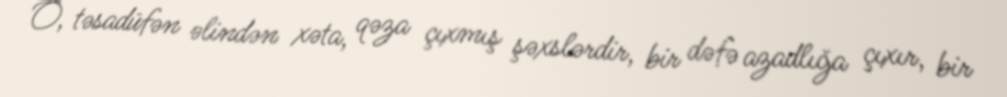
O, təsadüfən əlindən xəta, qəza çıxmış şəxslərdir, bir dəfə azadlığa çıxır, bir